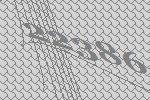
22386